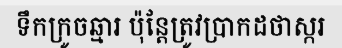
ទឹកក្រូចឆ្មារ ប៉ុន្តែត្រូវប្រាកដថាស្ករ